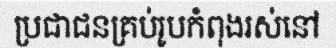
ប្រជាជនគ្រប់រូបកំពុងរស់នៅ